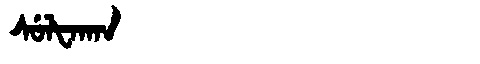
Manchu: ᠰᡠᠯᡶᠠᡴᠠᠨ
Romanization: SULFAKAN